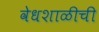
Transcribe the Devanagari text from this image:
वेधशाळीची